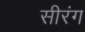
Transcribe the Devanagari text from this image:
सीरंग